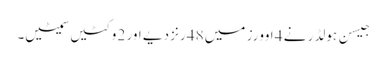
جیسن ہولڈر نے 4 اوورز میں 48 رنز دیے اور 2 وکٹیں سمیٹیں۔